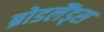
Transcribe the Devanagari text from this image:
ब्रोडलैंड्स